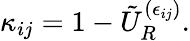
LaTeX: \kappa_{ij}=1-\tilde{U}_{R}^{(\epsilon_{ij})}.